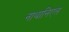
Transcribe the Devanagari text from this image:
नाथानिएल